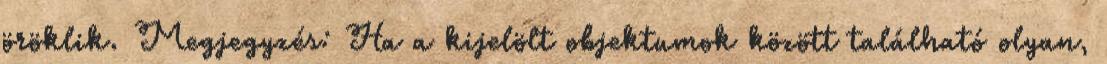
öröklik. Megjegyzés: Ha a kijelölt objektumok között található olyan,